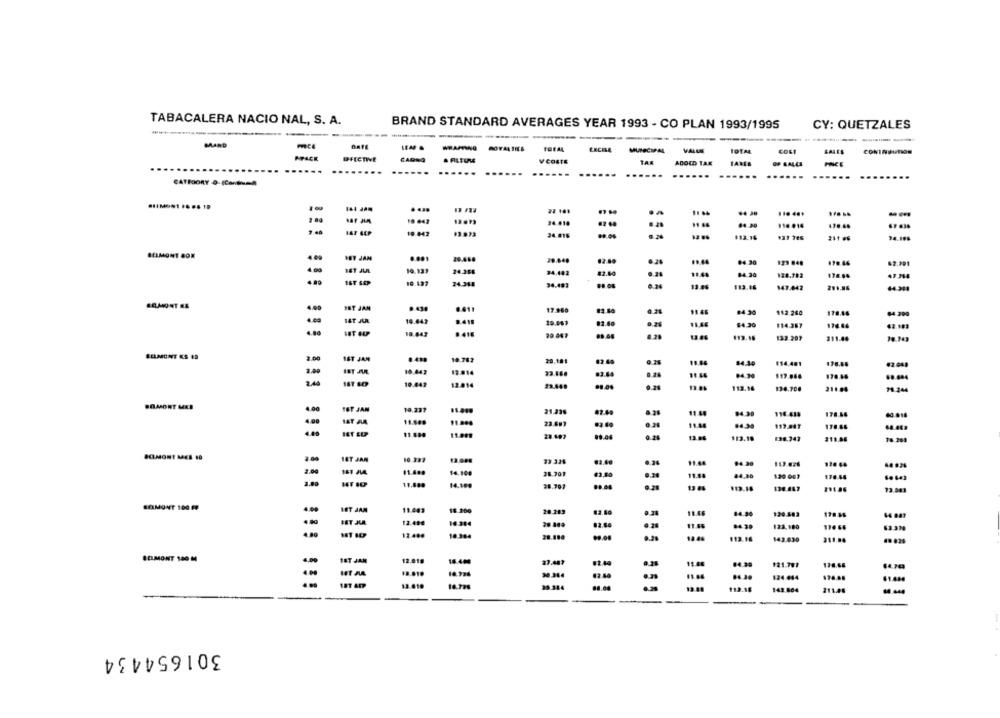
TABACALERA NACIO NAL, S. A.
BRAND STANDARD AVERAGES YEAR 1993 - CO PLAN 1993/1995
CY: QUETZALES
MAND
MUNICIPAL
VALLE
BALES
CONINOUTION
APACK
DELCTIVE
CADNO
V COSTE
TA
ADOLD TAX
OF SALES
PRICE
....
.....
......
....
......
CATEGORY 0-ICantnuma
--
18 643
13 .73
24.018
8.20
110 014
67 638
19.042
34.016
113.16
34.198
IST JAM
20.460
29.440
62.80
$2.991
10.133
24.366
24.442
#2.40
11.44
84.20
124.782
17. 6.
19.423
24.348
34.483
88.06
0.74
13.46
113.46
147.042
201.86
4.00
IST JAM
9.439
17.960
0.28
$1.46
#4.20
112 260
176.46
84.299
14T J
10.442
19.447
02.60
$4.30
114.367
176.64
43.183
10.443
8.2%
13.3.207
211.44
2.00
IST JAN
10.782
20.184
12.40
19.64
84.30
$14.401
176.66
10.443
12.814
93.466
0.24
04.30
170.44
2.40
19.442
12.914
113.16
134.708
211.04
78.244
4.00
TOT JAN
19.237
11.44
94.30
170.66
BAT JA
11.000
0.38
11.44
84.38
176.46
11.680
11.009
28.407
89.04
13.46
$13.19
211.06
78 209
BOMONT MES 10
1ST JAN
10. 273
11.44
113.426
2.00
11.4.9
14.100
26.701
62.90
0.20
11.44
120 603
170.45
14.109
38.703
13 08
113.18
130.447
73.543
BELMONT 100 FP
LET JAM
11.203
$8.200
20.243
11.46
14.94
120.583
12.490
14.384
82.66
11.64
84 29
123.100
174 64
.. 80
12.486
10.384
13.44
113.16
142.630
311.84
BELMONT 100 M
1ET JAM
12.018
16.400
27.481
11.46
04.30
121.707
176.66
1 ... 1.
30.364
62.44
124 444
12.610
16.726
30.344
.8.00
112.18
143.804
301654434